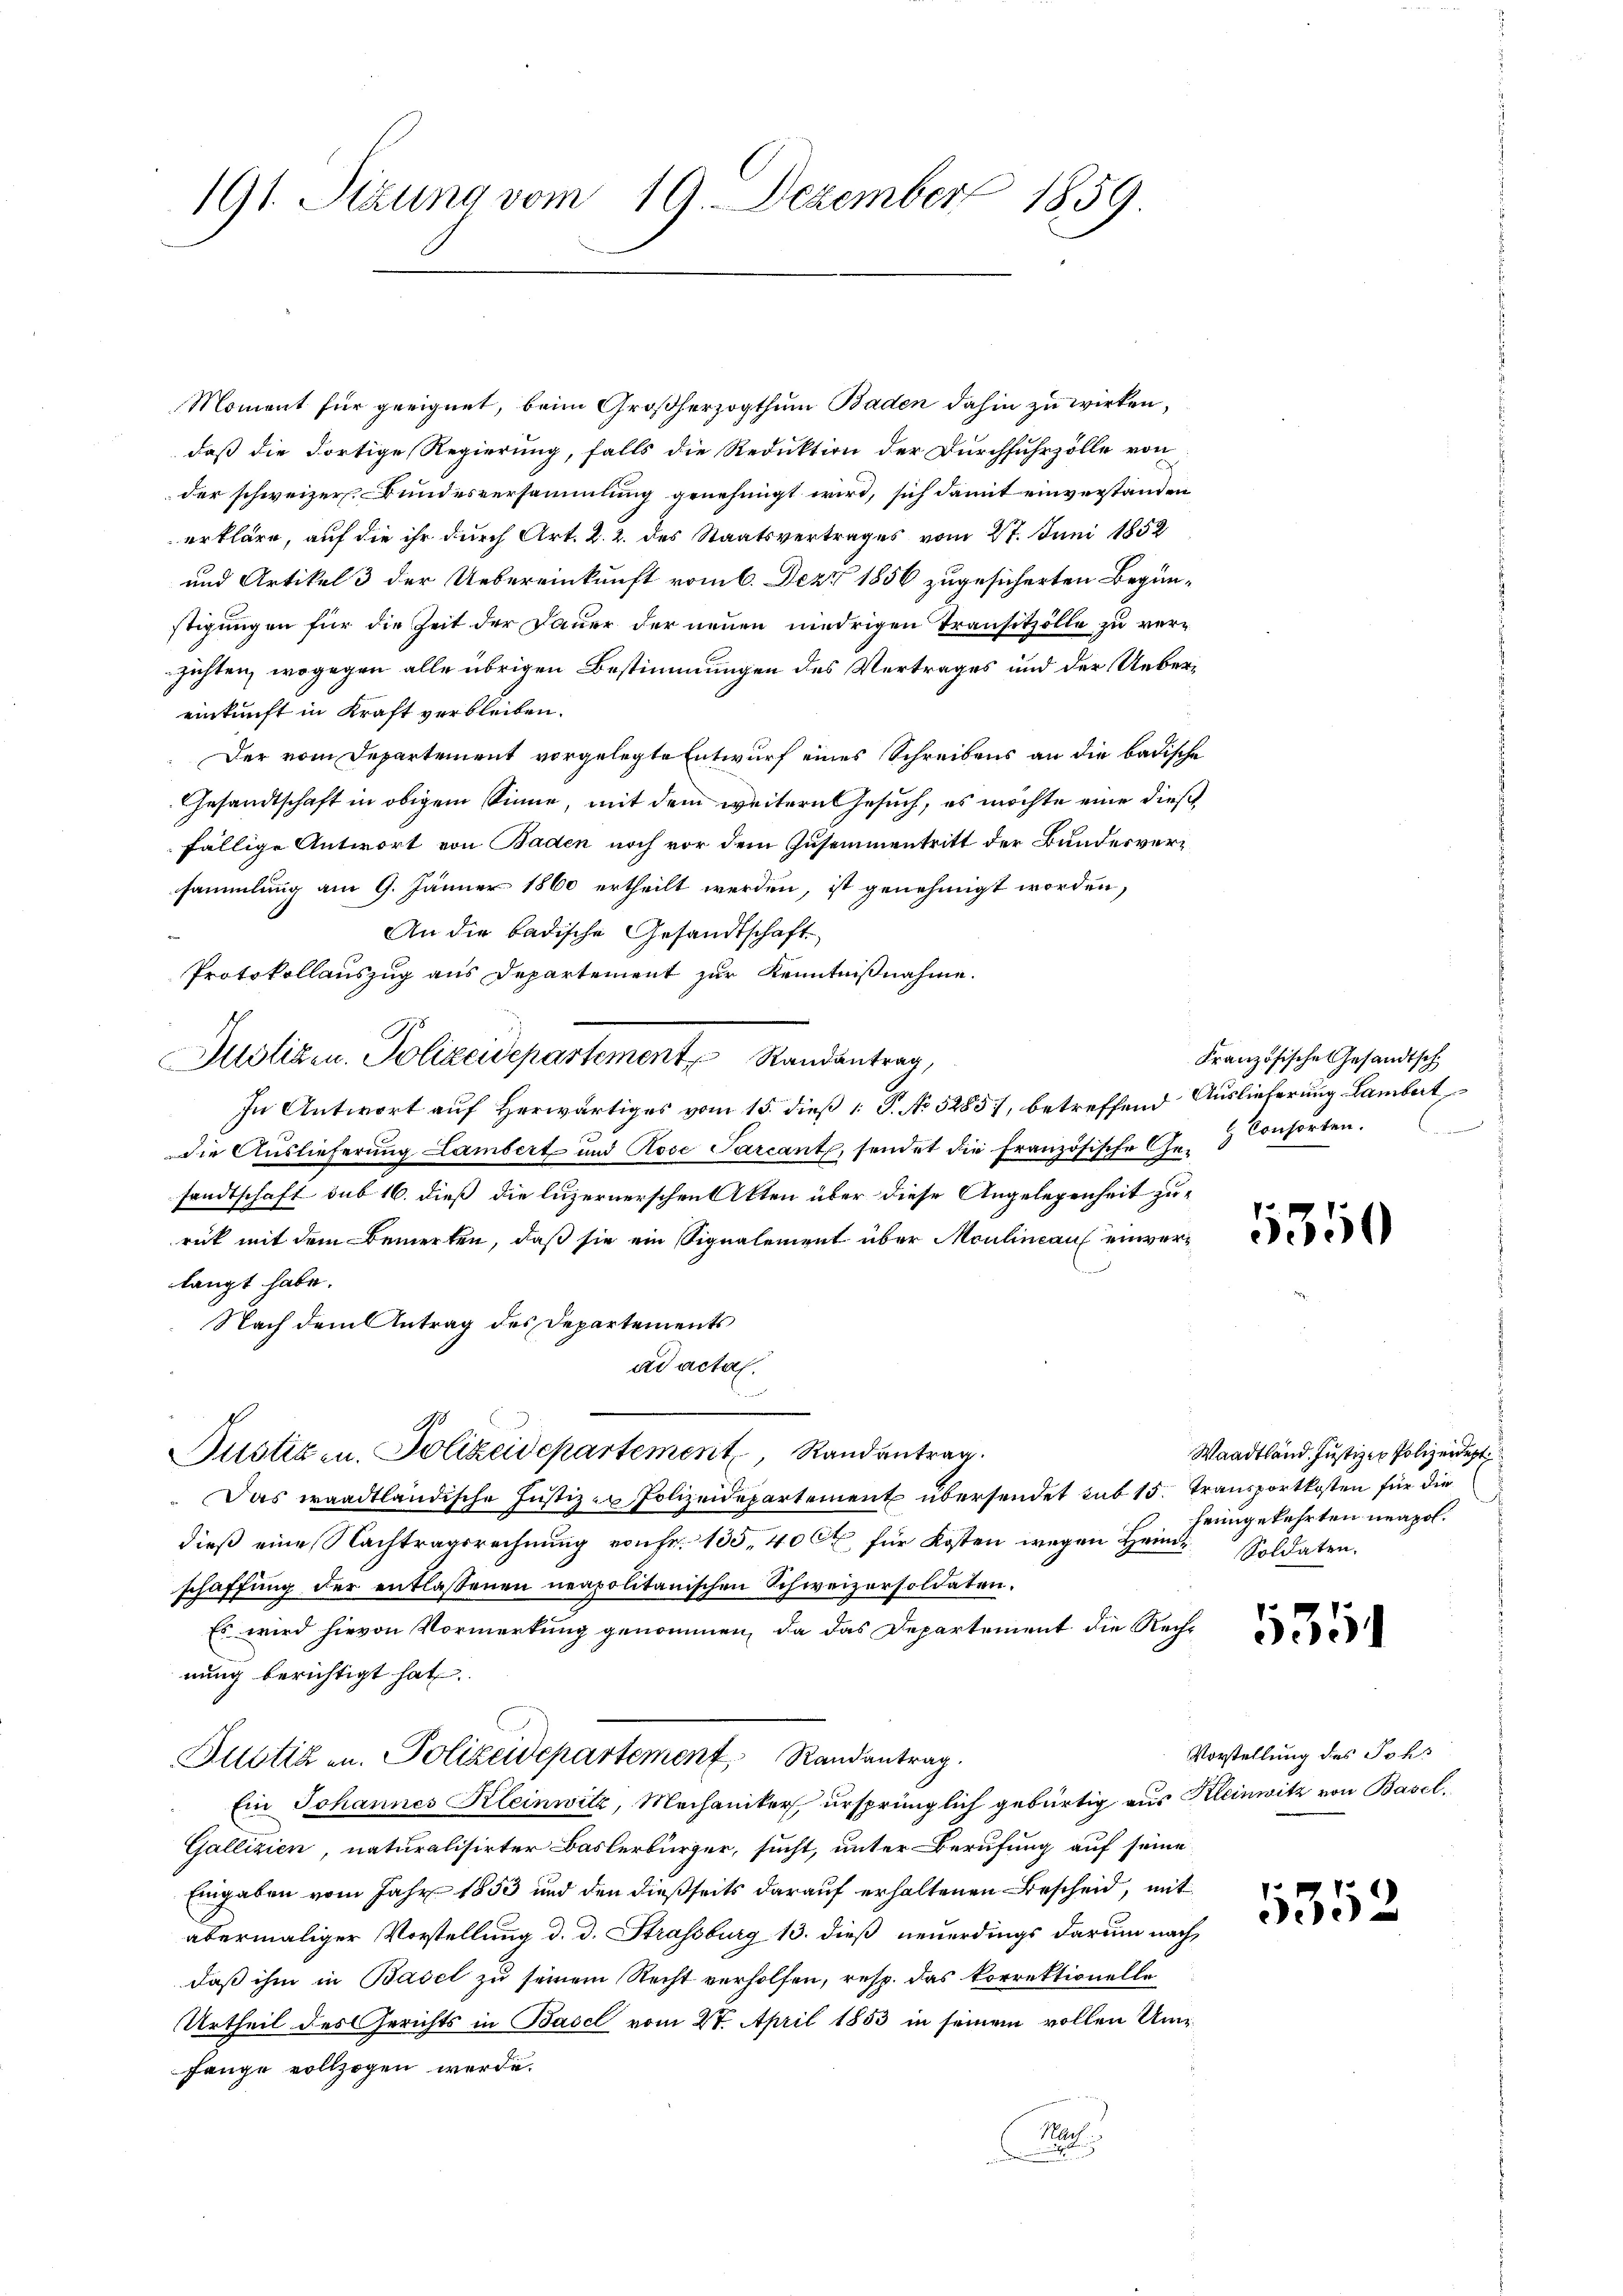
191. Sitzung vom 19. Dezember 1859

Moment für geeignet, beim Großherzogthum Baden dahin zu wirken,
daß die dortige Regierung, falls die Reduktion der Durchfuhrzölle von
der schweizer. Bundesversammlung genehmigt wird, sich damit einverstanden
erkläre, auf die ihr durch Art. 2. 2. des Staatsvertrages vom 27. Juni 1852
und Artikel 3 der Uebereinkunft vom 6. Dez. 1856 zugesicherten Begünstigungen für die Zeit der Dauer der neuen niedrigen Transitzölle zu verzichten, wogegen alle übrigen Bestimmungen des Vertrages und der Uebereinkunft in Kraft verbleiben.
Der vom Departement vorgelegte Entwurf eines Schreibens an die badische
Gesandtschaft in obigem Sinne, mit dem weitern Gesuch, es möchte eine diese
fällige Antwort von Baden noch vor dem Zusammentritt der Bundesversammlung am 9. Jänner 1860 ertheilt werden, ist genehmigt worden,
An die badische Gesandtschaft
Protokollauszug aus Departement zur Kenntnißnahme.
Justizen. Polizeidepartement Randantrag,
In Antwort auf Herwärtiges vom 15. dieß P. No 5285), betreffend Auslieferung Lambert
Die Auslieferung Lambert und Rose Sarcant, sendet die französische Ge- Consorten.
sandtschaft sub 16. dieß die luzernerschen Atten über diese Angelegenheit zu-
rück mit dem Bemerken, daß sie ein Signalement über Moulineau einverlangt habe.
Nach dem Antrag des Departements
ad acta.
Pustizen. Polizeidepartement, Randantrag
 Das waadtländische Justiz - Polizeidepartement übersendet sub 15. Transportkosten für die
dieß eine achtragsrechnung von Fr. 135, 40 Ct für Kosten wegen Heim Soldaten.
schaffung der entlassenen neapolitanischen Schweizersoldaten.
Es wird hievon Vormerkung genommen, da das Departement die Recht
nung berichtigt hat.
Justiz an. Polizeidepartement Randantrag.
Ein Johannes Kleinwitz, Mechaniker ursprünglich gebürtig aus Kleinwitz von Basel.
Gallizien, naturalisirter Baslerbürger, sucht, unter Berufung auf seine
Eingaben vom Jahr 1853 und den dießseits darauf erhaltenen Bescheid, mit
abermaliger Vorstellung d. d. Strassburg 13. dieß neuerdings darum nach
daß ihm in Basel zu seinem Recht verholfen, resp. das korrektionelle
Urtheil des Gerichts in Basel vom 27. April 1853 in seinem vollen Um¬
Lange vollzogen werde.
Harf
t

Französische Gesandtsch

5350

Waadtländ. Justizen Polizeidigt
heimgekehrten neapol.

535

Vorstellung des Johs

352